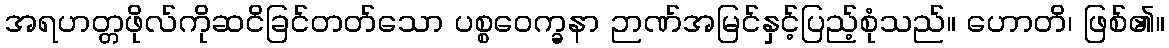
အရဟတ္တဖိုလ်ကိုဆငိခြင်တတ်သော ပစ္စဝေက္ခနာ ဉာဏ်အမြင်နှင့်ပြည့်စုံသည်။ ဟောတိ၊ ဖြစ်၏။